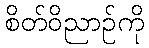
စိတ်ဝိညာဉ်ကို